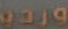
وردي